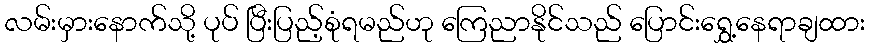
လမ်းမှားနောက်သို့ ပုပ် ပြီးပြည့်စုံရမည်ဟု ကြေညာနိုင်သည် ပြောင်းရွှေ့နေရာချထား